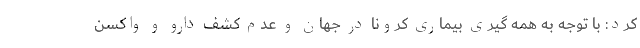
کرد: با توجه به همه گیری بیماری کرونا در جهان و عدم کشف دارو و واکسن